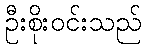
ဦးစိုးဝင်းသည်